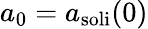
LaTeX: a_{0}=a_{\mathrm{soli}}(0)